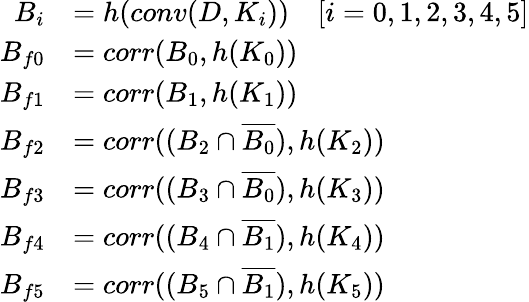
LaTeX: \begin{array}{rl}{B_{i}}&{=h(conv(D,K_{i}))\quad[i=0,1,2,3,4,5]}\\ {B_{f0}}&{=corr(B_{0},h(K_{0}))}\\ {B_{f1}}&{=corr(B_{1},h(K_{1}))}\\ {B_{f2}}&{=corr((B_{2}\cap\overline{{B_{0}}}),h(K_{2}))}\\ {B_{f3}}&{=corr((B_{3}\cap\overline{{B_{0}}}),h(K_{3}))}\\ {B_{f4}}&{=corr((B_{4}\cap\overline{{B_{1}}}),h(K_{4}))}\\ {B_{f5}}&{=corr((B_{5}\cap\overline{{B_{1}}}),h(K_{5}))}\end{array}